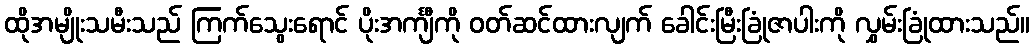
ထိုအမျိုးသမီးသည် ကြက်သွေးရောင် ပိုးအင်္ကျီကို ဝတ်ဆင်ထားလျက် ခေါင်းမြီးခြုံဇာပါးကို လွှမ်းခြုံထားသည်။